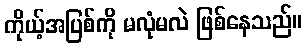
ကိုယ့်အပြစ်ကို မလုံမလဲ ဖြစ်နေသည်။